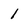
Character: 1